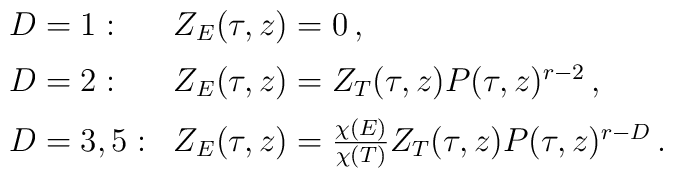
\begin{array}{ll}D=1:&Z_E(\tau,z)=0\,,\\[2mm]D=2:&Z_E(\tau,z)=Z_T(\tau,z)P(\tau,z)^{r-2}\,,\\[2mm]D=3,5:&Z_E(\tau,z)=\frac{\chi(E)}{\chi(T)}Z_T(\tau,z)P(\tau,z)^{r-D}\,.\end{array}